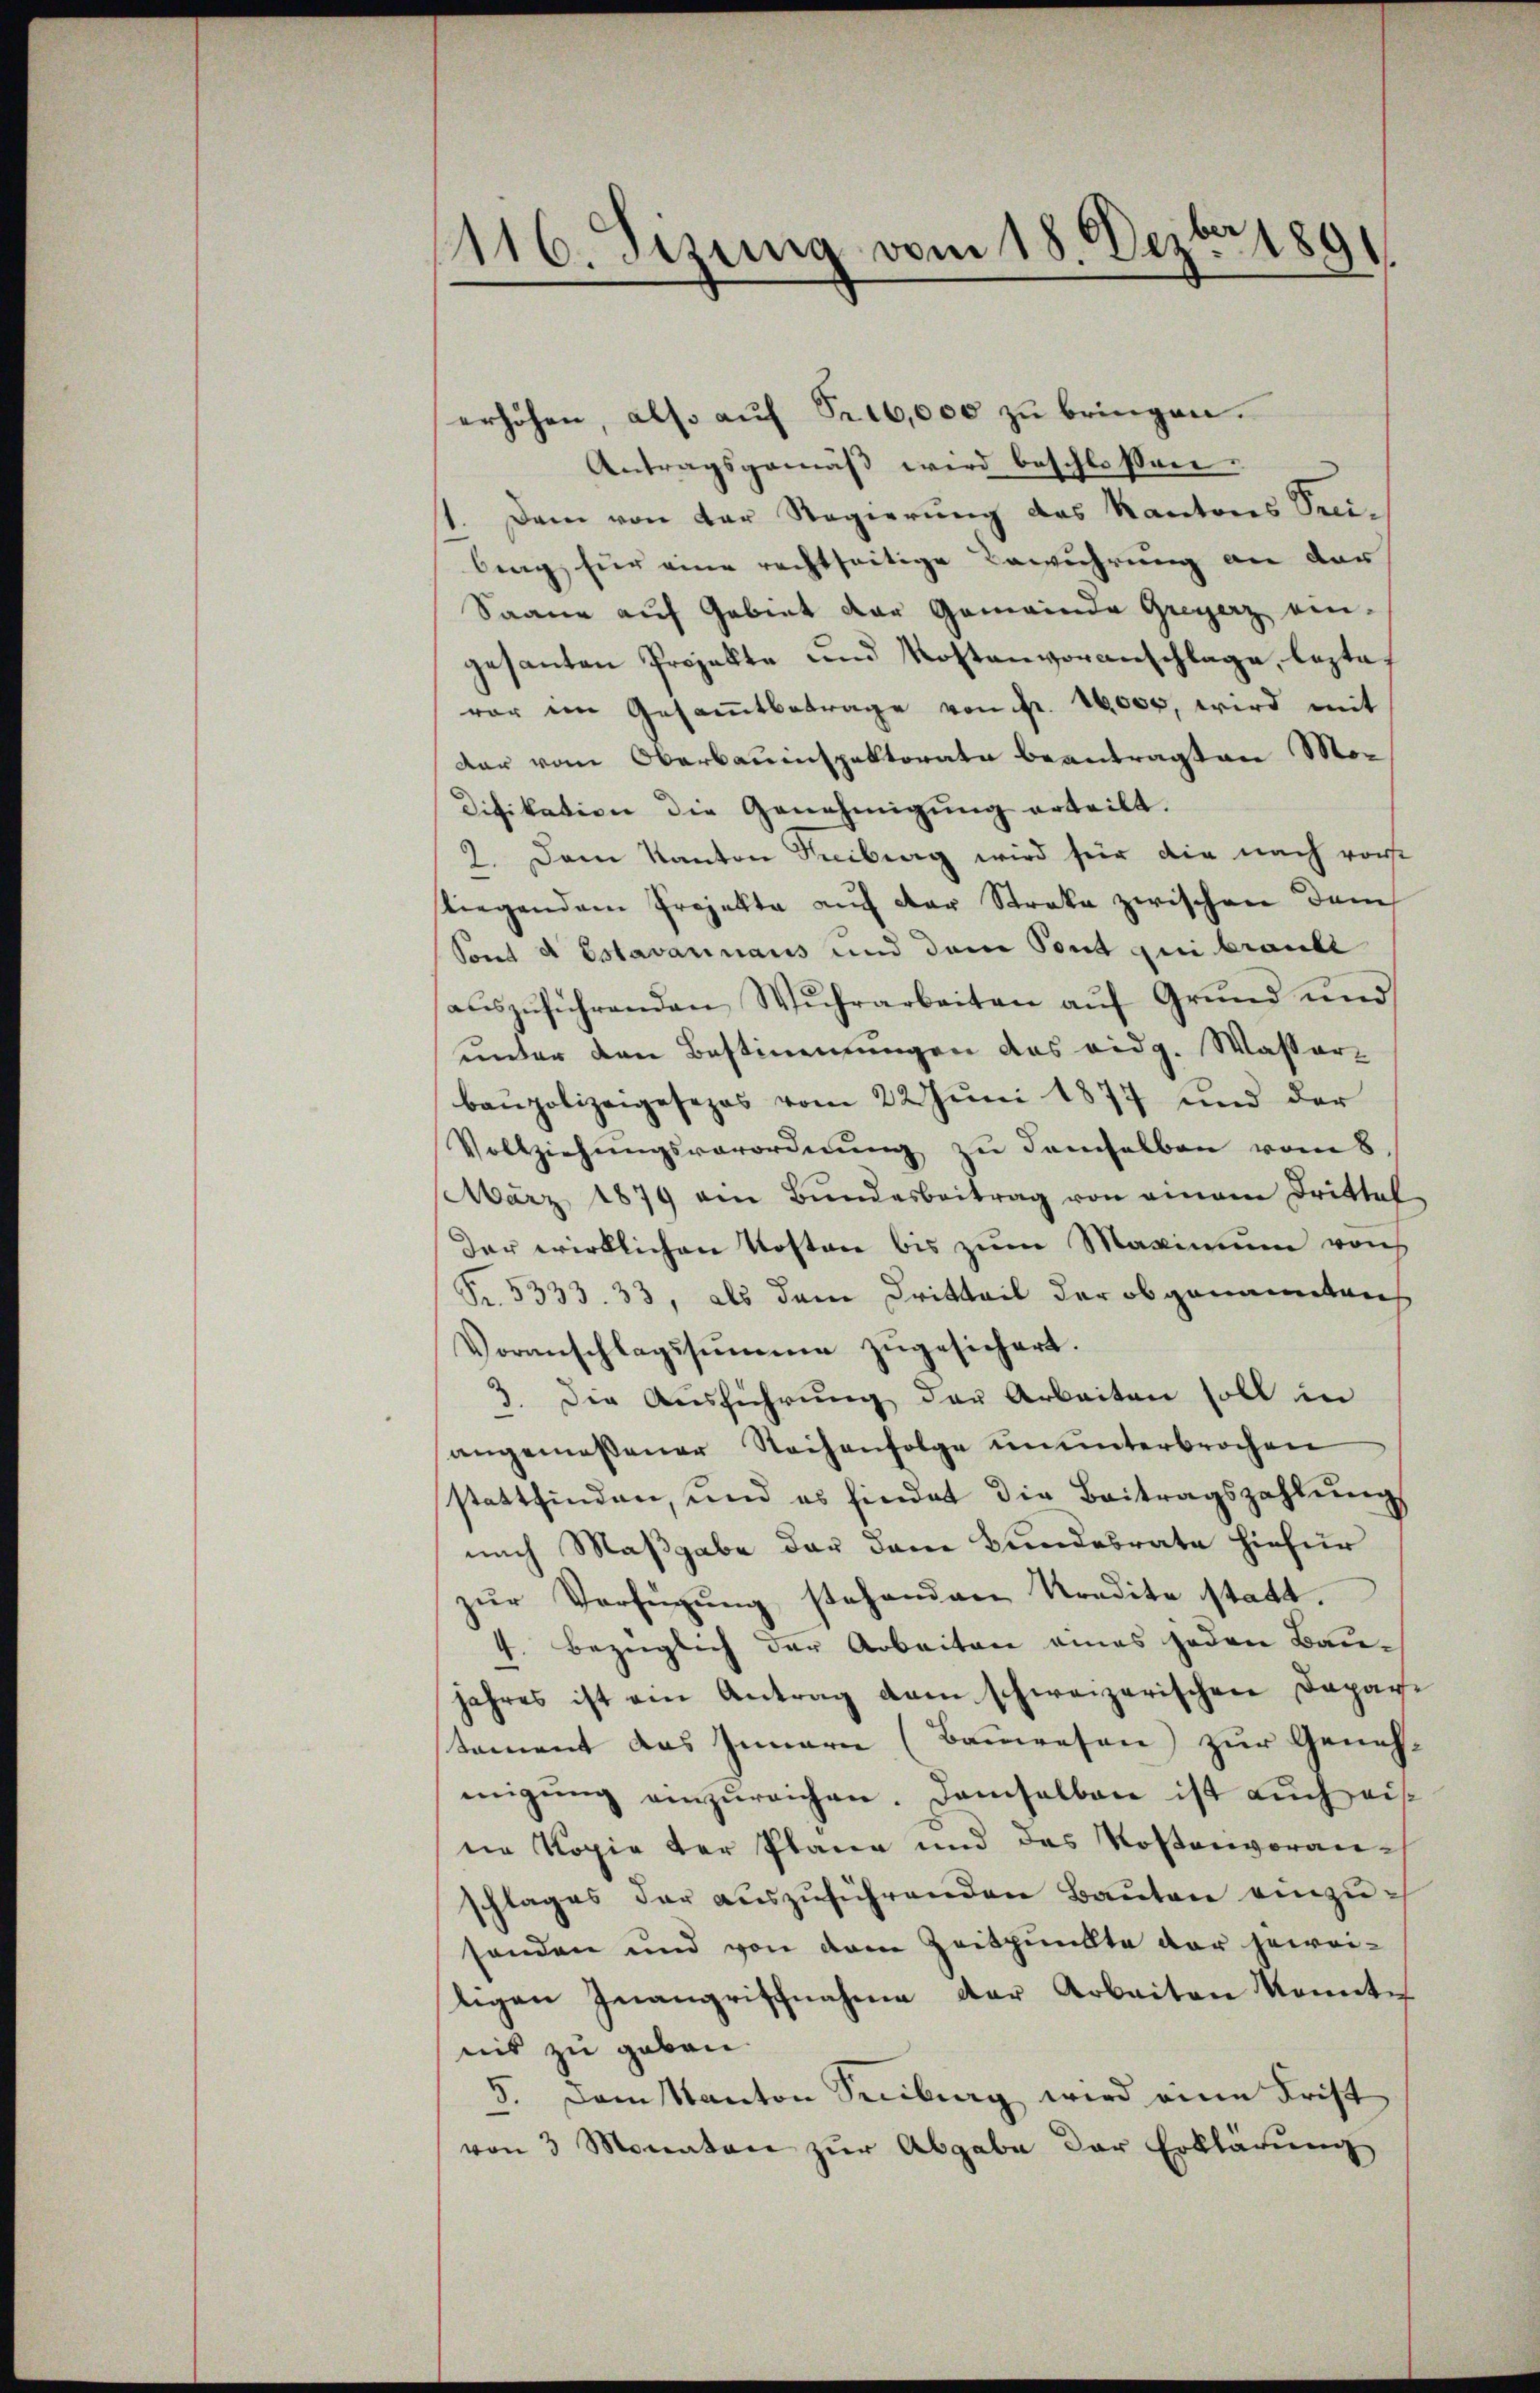
1116. Sizung vom 18. Dezbr 1891

erhöhen, also auf Pr16,000 zu bringen.
Antragsgemäβ wird beschlossen.
Dem von der Regierŭng des Kantons Preibing für eine rechtseitige Bewuhrung an der
Saane auf Gebiet der Gemeinde Greyerz ein-
gesanten Projekte und Kostenvoranschlage, lezte
var im Gesamtbetrage von fr. 16000, wird mit
dar vom Oberbauinspektorate beantragten Mo¬
Difikation die Genehmigung erteilt.
2. Dem Kanton Freiburg wird für die nach vorst
liegendem Projekte aŭf der Streke zwischen dem
Sont d Estavarinaus und dem Pont qui brandt
aŭszŭführenden Wŭhrarbeiten aŭf Grŭnd und
unter den Bestimmungen das eidg. Wasserbaupolizeigesezes vom 22. Juni 1877 und der
Vollziehungsverordnung zu demselben vom 8.
März 1879 am Bŭndesbeitrag von einem Drittel
Der wirklichen Kosten bis zum Maximum von
Pr. 5333. 33, als dem Dritteil der obgenannten
Voranschlagssumme zugesichert.
3. Die Aŭsführŭng der Arbeiten soll in
angemessener Reihenfolge ununterbrochen
stattfinden, und es hindet die Beitragszahlung
nach Maßgabe der dem Bundesrate hiefür
zŭr Verfügŭng stehenden Kredite statt.
4. Bezüglich der Arbeiten eines jeden Baujahres ist am Antrag dem schweizerischen Depari
tement das Innern (Bauwesen zur Genehmigŭng einzŭreichen. Demselben ist aŭch eis
ne Kopie der Plane und des Kostenvoranschlages der auszuführenden Bauten einzusenden und von dem Zeitpunkte der jeweiligen Inangriffnahme der Kobaiten konnte
nis zu geben
5. Dem Kanton Freiburg wird eine Frist
von 3 Monaten zur Abgabe der Erklärung